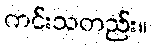
ကင်းသတည်း။